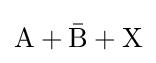
\mathrm {A} +{\bar {\mathrm {B} }}+\mathrm {X}